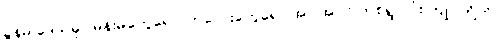
ခွန်မ ဒေသမှာ မိန်းမတွေရော၊ ကလေးတွေရော အပါအဝင် တစ်ရွာလုံး ကျုပ်တို့ကို